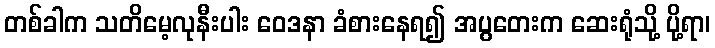
တစ်ခါက သတိမေ့လုနီးပါး ဝေဒနာ ခံစားနေရ၍ အပွတေးက ဆေးရုံသို့ ပို့ရာ၊